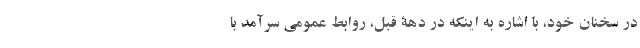
در سخنان خود، با اشاره به اینکه در دهۀ قبل، روابط عمومی سرآمد با